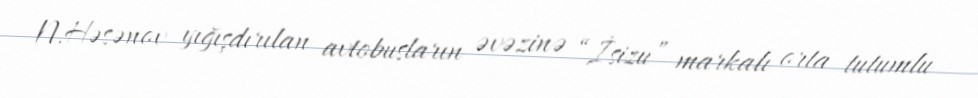
N.Həsənov yığışdırılan avtobusların əvəzinə “İsizu” markalı orta tutumlu